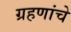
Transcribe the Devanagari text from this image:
ग्रहणांचे